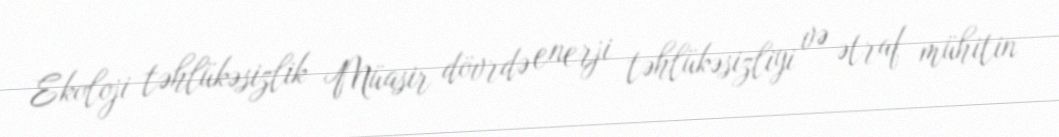
Ekoloji təhlükəsizlik Müasir dövrdə enerji təhlükəsizliyi və ətraf mühitin